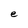
Character: e